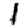
Digit: 1